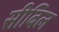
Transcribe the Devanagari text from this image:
सीबिल